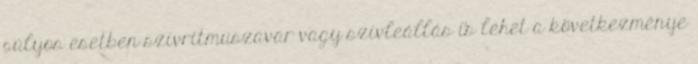
súlyos esetben szívritmuszavar vagy szívleállás is lehet a következménye